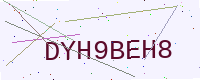
Text: DYH9BEH8